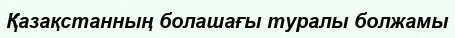
Қазақстанның болашағы туралы болжамы